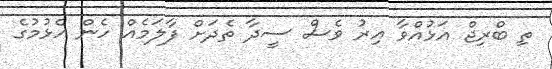
ތި ބްރިޖް އަޅުއްވާ އިރު ވެސް ސީދާ ތެދަށް ފާލަމެއް ހެން އެޅުމުގެ